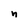
Character: n